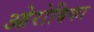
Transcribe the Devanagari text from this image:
ओरोबिका